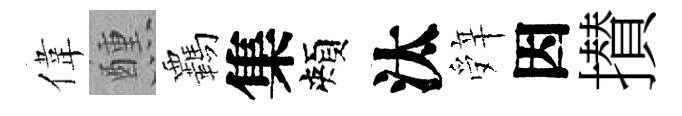
偉醺覊集頰汰辤因攅